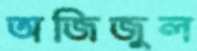
অজিজুল